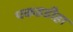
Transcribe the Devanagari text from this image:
पकडडीहा